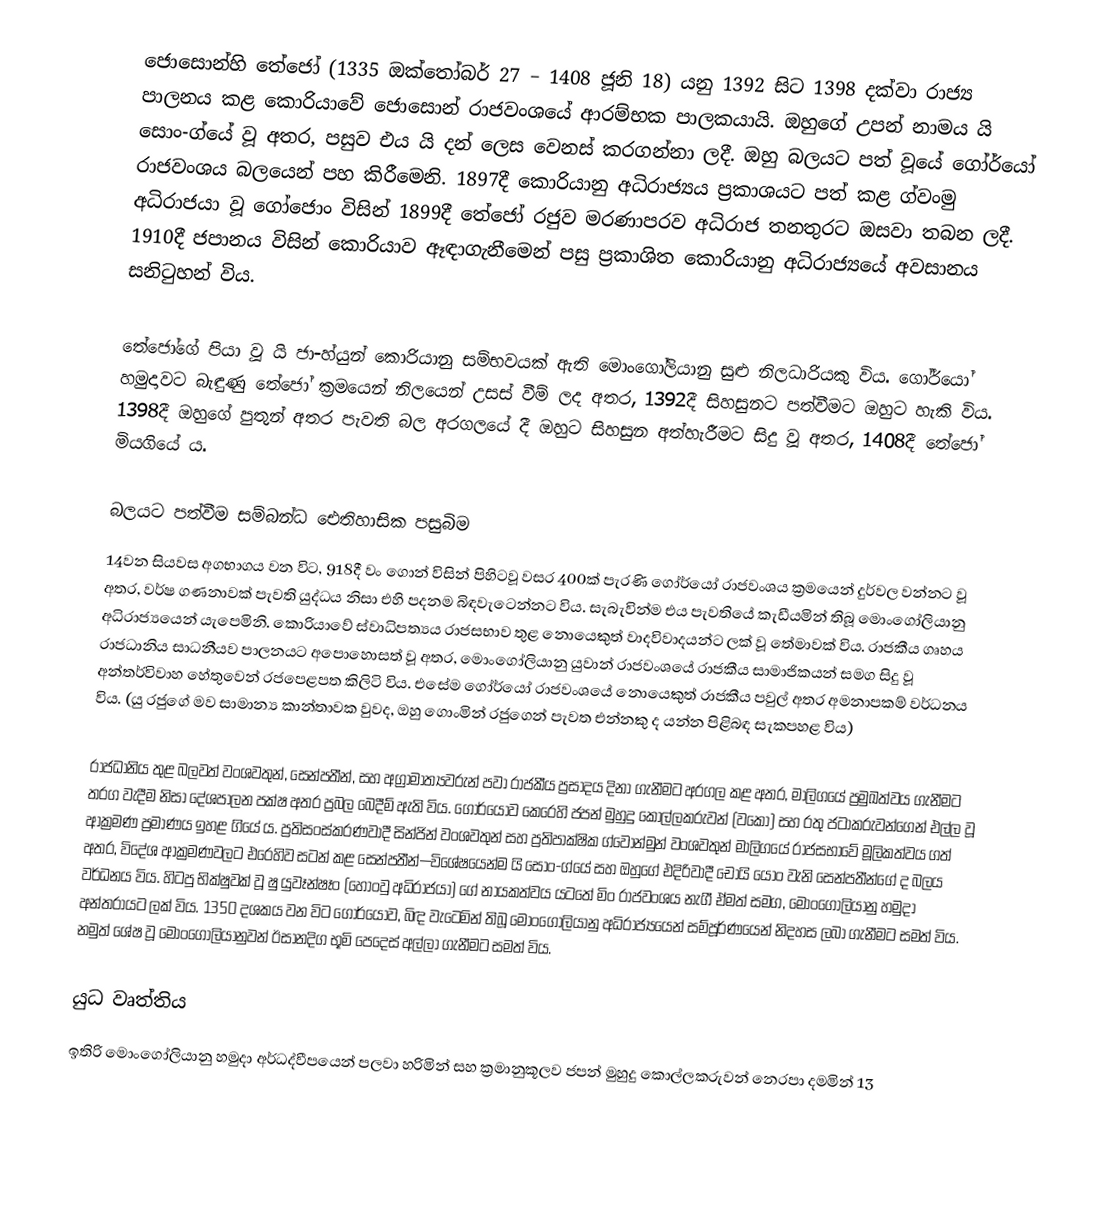
ජොසොන්හි තේජෝ (1335 ඔක්තෝබර් 27 – 1408 ජූනි 18) යනු 1392 සිට 1398 දක්වා රාජ්‍ය පාලනය කළ කොරියාවේ ජොසොන් රාජවංශයේ ආරම්භක පාලකයායි. ඔහුගේ උපන් නාමය යි සොං-ග්යේ වූ අතර, පසුව එය යි දන් ලෙස වෙනස් කරගන්නා ලදී. ඔහු බලයට පත් වූයේ ගෝර්යෝ රාජවංශය බලයෙන් පහ කිරීමෙනි. 1897දී කොරියානු අධිරාජ්‍යය ප්‍රකාශයට පත් කළ ග්වංමු අධිරාජයා වූ ගෝජොං විසින් 1899දී තේජෝ රජුව මරණාපරව අධිරාජ තනතුරට ඔසවා තබන ලදී. 1910දී ජපානය විසින් කොරියාව ඈඳාගැනීමෙන් පසු ප්‍රකාශිත කොරියානු අධිරාජ්‍යයේ අවසානය සනිටුහන් විය.

තේජෝගේ පියා වූ යි ජා-හ්යුන් කොරියානු සම්භවයක් ඇති මොංගෝලියානු සුළු නිලධාරියකු විය. ගෝර්යෝ හමුදාවට බැඳුණු තේජෝ ක්‍රමයෙන් නිලයෙන් උසස් වීම් ලද අතර, 1392දී සිහසුනට පත්වීමට ඔහුට හැකි විය. 1398දී ඔහුගේ පුතුන් අතර පැවති බල අරගලයේ දී ඔහුට සිහසුන අත්හැරීමට සිදු වූ අතර, 1408දී තේජෝ මියගියේ ය.

බලයට පත්වීම සම්බන්ධ ඓතිහාසික පසුබිම
14වන සියවස අගභාගය වන විට, 918දී වං ගොන් විසින් පිහිටවූ වසර 400ක් පැරණි ගෝර්යෝ රාජවංශය ක්‍රමයෙන් දුර්වල වන්නට වූ අතර, වර්ෂ ගණනාවක් පැවති යුද්ධය නිසා එහි පදනම බිඳවැටෙන්නට විය. සැබැවින්ම එය පැවතියේ කැඩීයමින් තිබූ මොංගෝලියානු අධිරාජ්‍යයෙන් යැපෙමිනි. කොරියාවේ ස්වාධිපත්‍යය රාජසභාව තුළ නොයෙකුත් වාදවිවාදයන්ට ලක් වූ තේමාවක් විය. රාජකීය ගෘහය රාජධානිය සාධනීයව පාලනයට අපොහොසත් වූ අතර, මොංගෝලියානු යුවාන් රාජවංශයේ රාජකීය සාමාජිකයන් සමග සිදු වූ අන්තර්විවාහ හේතුවෙන් රජපෙළපත කිලිටි විය. එසේම ගෝර්යෝ රාජවංශයේ නොයෙකුත් රාජකීය පවුල් අතර අමනාපකම් වර්ධනය විය. (යු රජුගේ මව සාමාන්‍ය කාන්තාවක වුවද, ඔහු ගොංමින් රජුගෙන් පැවත එන්නකු ද යන්න පිළිබඳ සැකපහළ විය)

රාජධානිය තුළ බලවත් වංශවතුන්, සෙන්පතීන්, සහ අග්‍රාමාත්‍යවරුන් පවා රාජකීය ප්‍රසාදය දිනා ගැනීමට අරගල කළ අතර, මාලිගයේ ප්‍රමුඛත්වය ගැනීමට තරග වැදීම නිසා දේශපාලන පක්ෂ අතර ප්‍රබල බෙදීම් ඇති විය. ගෝර්යෝව කෙරෙහි ජපන් මුහුදු කොල්ලකරුවන් (වකෝ) සහ රතු ජටාකරුවන්ගෙන් එල්ල වූ ආක්‍රමණ ප්‍රමාණය ඉහළ ගියේ ය. ප්‍රතිසංස්කරණවාදී සින්ජින් වංශවතුන් සහ ප්‍රතිපාක්ෂික ග්වොන්මුන් වංශවතුන් මාලිගයේ රාජසභාවේ මූලිකත්වය ගත් අතර, විදේශ ආක්‍රමණවලට එරෙහිව සටන් කළ සෙන්පතීන්—විශේෂයෙන්ම යි සොං-ග්යේ සහ ඔහුගේ එදිරිවාදී චෝයි යොං වැනි සෙන්පතීන්ගේ ද බලය වර්ධනය විය. හිටපු භික්ෂුවක් වූ ෂු යුවෑන්ෂෑං (හොංවු අධිරාජයා) ගේ නායකත්වය යටතේ මිං රාජවංශය නැගී ඒමත් සමග, මොංගෝලියානු හමුදා අන්තරායට ලක් විය. 1350 දශකය වන විට ගෝර්යෝව, බිඳ වැටෙමින් තිබූ මොංගෝලියානු අධිරාජ්‍යයෙන් සම්පූර්ණයෙන් නිදහස ලබා ගැනීමට සමත් විය. නමුත් ශේෂ වූ මොංගෝලියානුවන් ඊසානදිග භූමි පෙදෙස් අල්ලා ගැනීමට සමත් විය.

යුධ වෘත්තිය
ඉතිරි මොංගෝලියානු හමුදා අර්ධද්වීපයෙන් පලවා හරිමින් සහ ක්‍රමානුකූලව ජපන් මුහුදු කොල්ලකරුවන් නෙරපා දමමින් 13